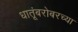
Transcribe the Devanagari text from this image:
धातूंबरोबरच्या